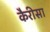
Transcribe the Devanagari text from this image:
कैरीसा